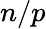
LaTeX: n/p